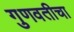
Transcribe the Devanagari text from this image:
गुणवतीचा